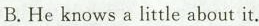
B.He knows a little about it.